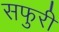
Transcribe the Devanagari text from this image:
सफुरी